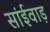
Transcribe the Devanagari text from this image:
सांईवाड़